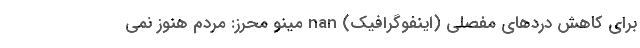
برای کاهش دردهای مفصلی (اینفوگرافیک) nan مینو محرز: مردم هنوز نمی